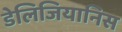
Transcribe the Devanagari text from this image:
डेलिजियानिस